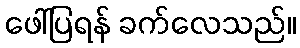
ဖေါ်ပြရန် ခက်လေသည်။